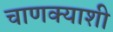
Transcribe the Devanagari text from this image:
चाणक्याशी